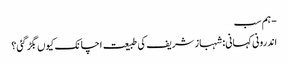
- ہم سب
اندرونی کہانی: شہباز شریف کی طبیعت اچانک کیوں بگڑ گئی؟